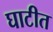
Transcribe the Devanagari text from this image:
घाटीत